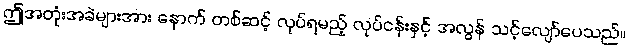
ဤအတုံးအခဲများအား နောက် တစ်ဆင့် လုပ်ရမည့် လုပ်ငန်းနှင့် အလွန် သင့်လျော်ပေသည်။